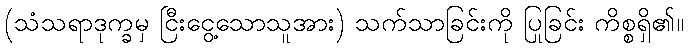
(သံသရာဒုက္ခမှ ငြီးငွေ့သောသူအား) သက်သာခြင်းကို ပြုခြင်း ကိစ္စရှိ၏။